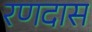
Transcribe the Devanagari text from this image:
रणदास